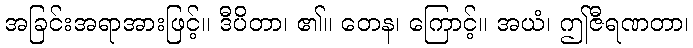
အခြင်းအရာအားဖြင့်။ ဒီပိတာ၊ ၏။ တေန၊ ကြောင့်။ အယံ၊ ဤဇီရဏတာ၊